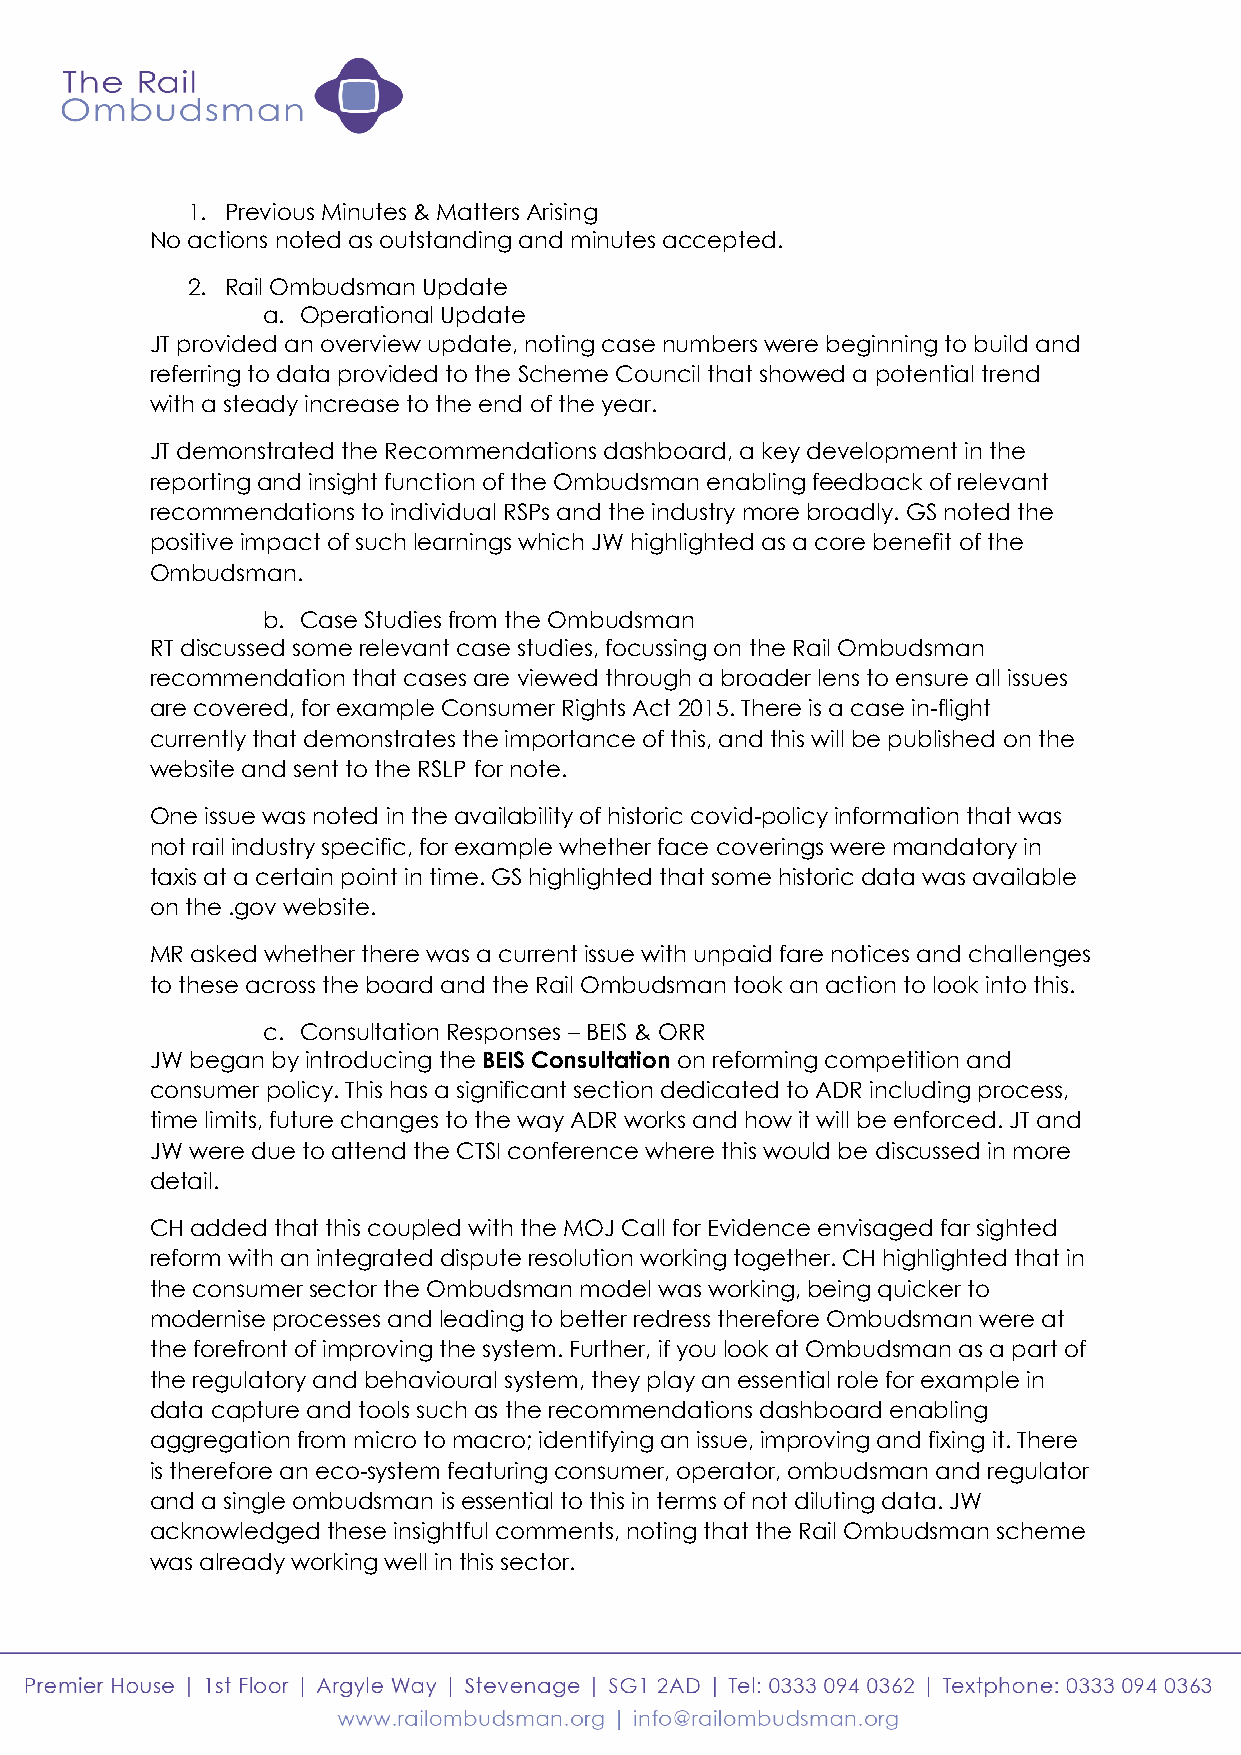
1. Previous Minutes & Matters Arising
 No actions noted as outstanding and minutes accepted.
 2. Rail Ombudsman Update
 a. Operational Update
 JT provided an overview update, noting case numbers were beginning to build and
 referring to data provided to the Scheme Council that showed a potential trend
 with a steady increase to the end of the year.
 JT demonstrated the Recommendations dashboard, a key development in the
 reporting and insight function of the Ombudsman enabling feedback of relevant
 recommendations to individual RSPs and the industry more broadly. GS noted the
 positive impact of such learnings which JW highlighted as a core benefit of the
 Ombudsman.
 b. Case Studies from the Ombudsman
 RT discussed some relevant case studies, focussing on the Rail Ombudsman
 recommendation that cases are viewed through a broader lens to ensure all issues
 are covered, for example Consumer Rights Act 2015. There is a case in-flight
 currently that demonstrates the importance of this, and this will be published on the
 website and sent to the RSLP for note.
 One issue was noted in the availability of historic covid-policy information that was
 not rail industry specific, for example whether face coverings were mandatory in
 taxis at a certain point in time. GS highlighted that some historic data was available
 on the .gov website.
 MR asked whether there was a current issue with unpaid fare notices and challenges
 to these across the board and the Rail Ombudsman took an action to look into this.
 c. Consultation Responses – BEIS & ORR
 JW began by introducing the BEIS Consultation on reforming competition and
 consumer policy. This has a significant section dedicated to ADR including process,
 time limits, future changes to the way ADR works and how it will be enforced. JT and
 JW were due to attend the CTSI conference where this would be discussed in more
 detail.
 CH added that this coupled with the MOJ Call for Evidence envisaged far sighted
 reform with an integrated dispute resolution working together. CH highlighted that in
 the consumer sector the Ombudsman model was working, being quicker to
 modernise processes and leading to better redress therefore Ombudsman were at
 the forefront of improving the system. Further, if you look at Ombudsman as a part of
 the regulatory and behavioural system, they play an essential role for example in
 data capture and tools such as the recommendations dashboard enabling
 aggregation from micro to macro; identifying an issue, improving and fixing it. There
 is therefore an eco-system featuring consumer, operator, ombudsman and regulator
 and a single ombudsman is essential to this in terms of not diluting data. JW
 acknowledged these insightful comments, noting that the Rail Ombudsman scheme
 was already working well in this sector.